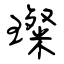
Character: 璨